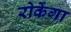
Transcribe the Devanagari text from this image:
रोकेंगा